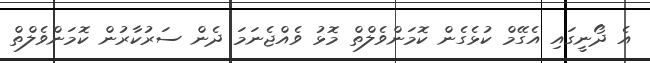
އެ ދޯނީގައި އެގޭމް ކުޅެގެން ކޮމަންވެލްތް މޮޅު ވެއްޖެނަމަ ދެން ސަރުކާރުން ކޮމަންވެލްތް